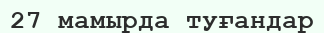
27 мамырда туғандар